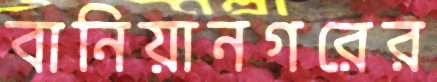
বানিয়ানগরের